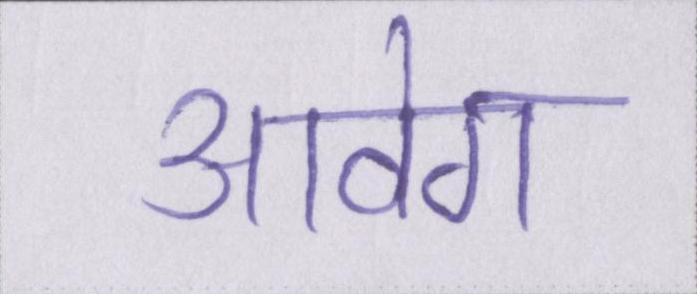
आवेग